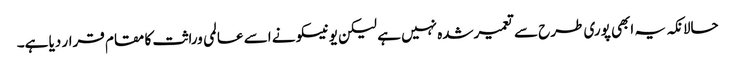
حالانکہ یہ ابھی پوری طرح سے تعمیرشدہ نہیں ہے لیکن یونیسکو نے اسے عالمی وراثت کا مقام قرار دیا ہے۔